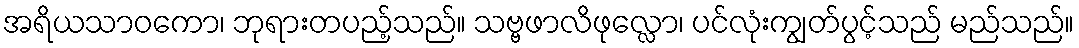
အရိယသာဝကော၊ ဘုရားတပည့်သည်။ သဗ္ဗဖာလိဖုလ္လော၊ ပင်လုံးကျွတ်ပွင့်သည် မည်သည်။